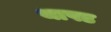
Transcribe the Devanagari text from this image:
थापड